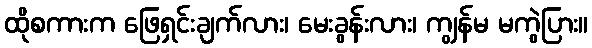
ထိုစကားက ဖြေရှင်းချက်လား၊ မေးခွန်းလား၊ ကျွန်မ မကွဲပြား။